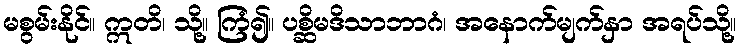
မစွမ်းနိုင်။ ဣတိ၊ သို့။ ကြံ၍။ ပစ္ဆိမဒိသာဘာဂံ၊ အနောက်မျက်နှာ အရပ်သို့။